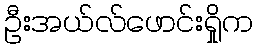
ဦးအယ်လ်ဖောင်းရှိုက